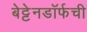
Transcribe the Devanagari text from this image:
बेट्टेनडॉर्फची